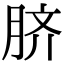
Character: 脐